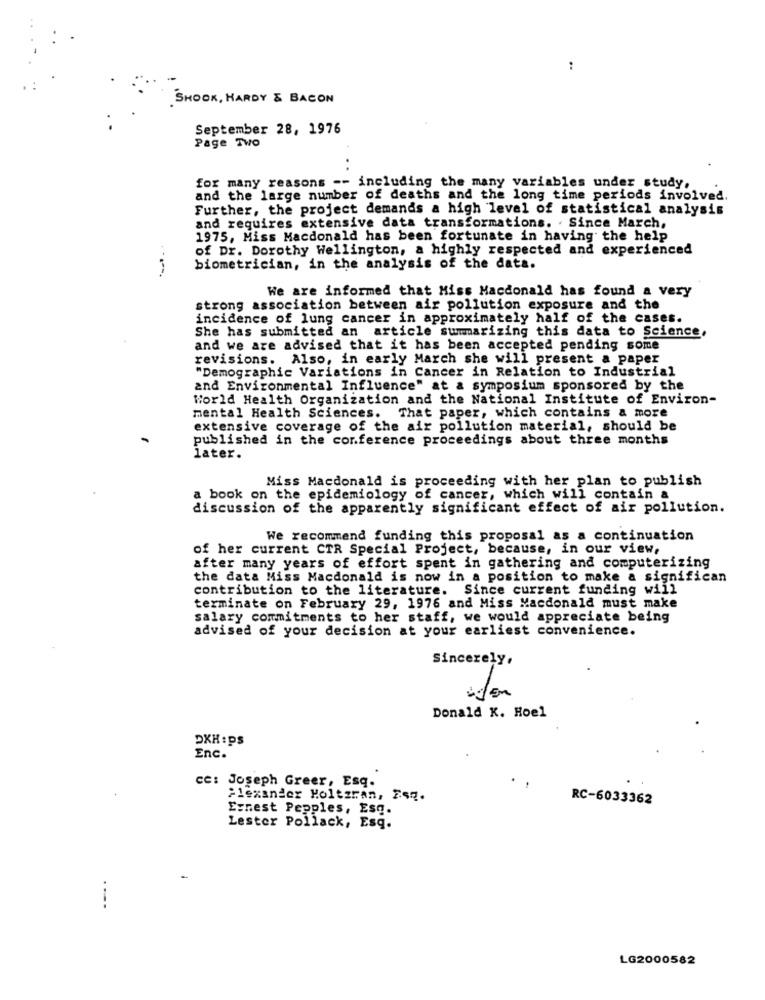
:
SHOOK, HARDY & BACON
September 28, 1976
Page TWO
for many reasons
- including the many variables under study,
and the large number of deaths and the long time periods involved.
Further, the project demands a high level of statistical analysis
and requires extensive data transformations. . Since March,
1975, Miss Macdonald has been fortunate in having the help
of Dr. Dorothy Wellington, a highly respected and experienced
-----
biometrician, in the analysis of the data.
We are informed that Miss Macdonald has found a very
strong association between air pollution exposure and the
incidence of lung cancer in approximately half of the cases.
She has submitted an article summarizing this data to Science
and we are advised that it has been accepted pending some
revisions. Also, in early March she will present a paper
"Demographic Variations in Cancer in Relation to Industrial
and Environmental Influence" at & symposium sponsored by the
World Health Organization and the National Institute of Environ-
That paper, which contains & more
mental Health Sciences.
extensive coverage of the air pollution material, should be
published in the conference proceedings about three months
later.
Miss Macdonald is proceeding with her plan to publish
a book on the epidemiology of cancer, which will contain a
discussion of the apparently significant effect of air pollution.
We recommend funding this proposal as a continuation
of her current CTR Special Project, because, in our view,
after many years of effort spent in gathering and computerizing
the data Miss Macdonald is now in a position to make a significan
contribution to the literature. Since current funding will
terminate on February 29, 1976 and Miss Macdonald must make
salary commitments to her staff, we would appreciate being
advised of your decision at your earliest convenience.
Sincerely,
Donald K. Hoel
DKK :ps
Enc.
ce: Joseph Greer, Esq.
Alexander Holtzran, Esq.
RC-6033362
Ernest Pepples, Esq.
Lester Pollack, Esq.
-
LG2000582